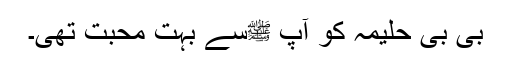
بی بی حلیمہ کو آپ ﷺسے بہت محبت تھی۔